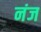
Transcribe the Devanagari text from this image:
नंज